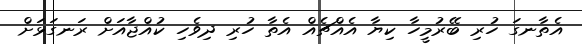
އެތާނގަ ހުރި ބޭރުމީހާ ކިޔާ އެއްޗެއް އެތާ ހުރި ދިވެހި ކުއްޖާއަށް ރަނގަޅަށް